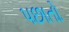
પછાતો